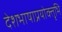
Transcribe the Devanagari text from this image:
देशभाषाप्रयोक्तृभि